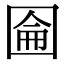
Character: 圇